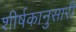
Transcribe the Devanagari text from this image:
शीर्षकानुसारी